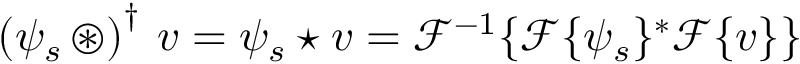
\left( \psi _ { s } \, \circledast \right) ^ { \dagger } \, v = \psi _ { s } \star v = \mathscr { F } ^ { - 1 } \{ \mathscr { F } \{ \psi _ { s } \} ^ { * } \mathscr { F } \{ v \} \}